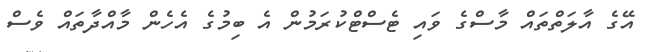
އޭގެ އާލަތްތައް މާސްގެ ވައި ޓެސްޓްކުރަމުން އެ ބިމުގެ އެހެން މާއްދާތައް ވެސް